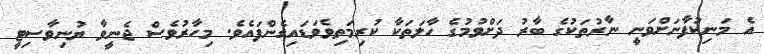
އެ މަނިކުފާނަށްވަނީ ނާރުތަކުގެ ބާރު ދަށްވުމުގެ ހާލަތަކާ ކުރިމަތިވެވަޑައިގެންފައެވެ. މިހާރުވެސް ޖެނީވާ ޔުނިވާސިޓީ